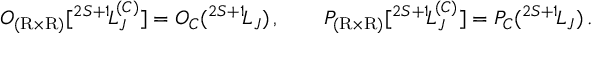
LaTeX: { \cal O } _ { ( \mathrm { R } \times \mathrm { R } ) } [ { } ^ { 2 S + 1 } \! L _ { J } ^ { ( C ) } ] = { \cal O } _ { C } ( { } ^ { 2 S + 1 } \! L _ { J } ) \, , \qquad { \cal P } _ { ( \mathrm { R } \times \mathrm { R } ) } [ { } ^ { 2 S + 1 } \! L _ { J } ^ { ( C ) } ] = { \cal P } _ { C } ( { } ^ { 2 S + 1 } \! L _ { J } ) \, .